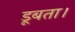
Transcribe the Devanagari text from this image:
डूबता।